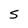
Character: 5